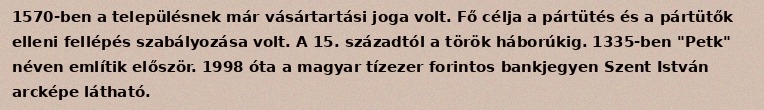
1570-ben a településnek már vásártartási joga volt. Fő célja a pártütés és a pártütők elleni fellépés szabályozása volt. A 15. századtól a török háborúkig. 1335-ben "Petk" néven említik először. 1998 óta a magyar tízezer forintos bankjegyen Szent István arcképe látható.